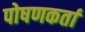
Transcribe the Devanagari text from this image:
पोषणकर्ता